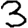
Digit: 3